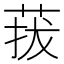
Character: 菝